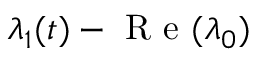
\lambda _ { 1 } ( t ) - \mathrm { ~ R ~ e ~ } ( \lambda _ { 0 } )